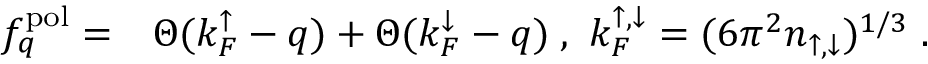
\begin{array} { r l } { f _ { q } ^ { \mathrm { p o l } } = } & { \Theta ( k _ { F } ^ { \mathord { \uparrow } } - q ) + \Theta ( k _ { F } ^ { \mathord { \downarrow } } - q ) \; , ~ k _ { F } ^ { \mathord { \uparrow } , \mathord { \downarrow } } = ( 6 \pi ^ { 2 } n _ { \mathord { \uparrow } , \mathord { \downarrow } } ) ^ { 1 / 3 } \; . } \end{array}